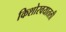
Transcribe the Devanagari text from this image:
किशोरवयातली